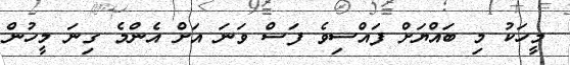
މީހަކު މި ބައްޔަށް ފައްސިވެ ފަސް ވަނަ އަށް އެންމެ ގިނަ މީހުން